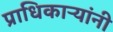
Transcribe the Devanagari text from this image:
प्राधिकाऱ्यांनी